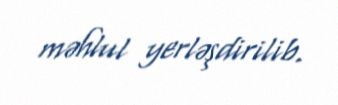
məhlul yerləşdirilib.